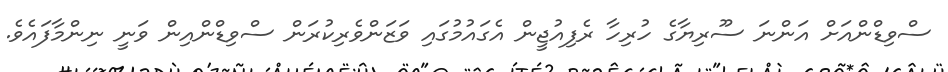
ސްވިޑްންއަށް އަންނަ ސޫރިޔާގެ ހުރިހާ ރެފިއުޖީން އެގައުމުގައި ވަޒަންވެރިކުރަން ސްވިޑްންއިން ވަނީ ނިންމާފައެވެ.